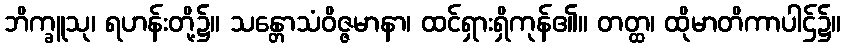
ဘိက္ခူသု၊ ရဟန်းတို့၌။ သန္တောသံဝိဇ္ဇမာနာ၊ ထင်ရှားရှိကုန်၏။ တတ္ထ၊ ထိုမာတိကာပါဌ်၌။